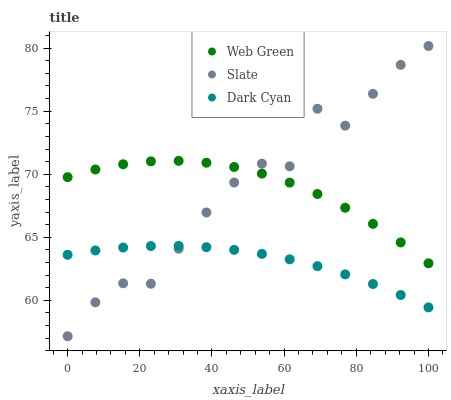
| xaxis_label | Web Green | Slate | Dark Cyan |
 | --- | --- | --- | --- |
 | 0 | 69.8 | 57.2 | 63.6 |
 | 7.69 | 70.4 | 59.8 | 64 |
 | 15.4 | 70.8 | 61.4 | 64.2 |
 | 23.1 | 71 | 61.3 | 64.3 |
 | 30.8 | 71.1 | 64.1 | 64.3 |
 | 38.5 | 70.9 | 67 | 64.2 |
 | 46.2 | 70.6 | 69.3 | 64 |
 | 53.8 | 70.1 | 70.8 | 63.7 |
 | 61.5 | 69.3 | 70.6 | 63.3 |
 | 69.2 | 68.4 | 75.2 | 62.7 |
 | 76.9 | 67.3 | 73.9 | 62.1 |
 | 84.6 | 66.1 | 76.4 | 61.3 |
 | 92.3 | 64.6 | 78.7 | 60.4 |
 | 100 | 62.9 | 80.2 | 59.4 |